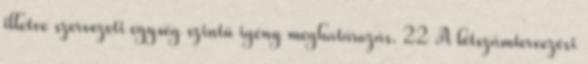
illetve szervezeti egység szintű igény meghatározás. 22 A létszámtervezési